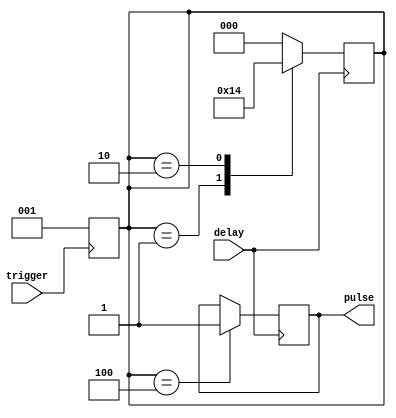
module one_shot_timer (
  input trigger,
  input delay,
  output reg pulse
);

reg [2:0] state;

always @ (posedge trigger) begin
  state <= 3'b001;
end

always @ (posedge delay) begin
  case (state)
    3'b001: state <= 3'b010;
    3'b010: state <= 3'b100;
    3'b100: begin
      state <= 3'b000;
      pulse <= 1'b1;
    end
    default: state <= 3'b000;
  endcase
end

endmodule